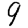
Digit: 9